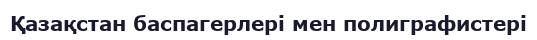
Қазақстан баспагерлері мен полиграфистері